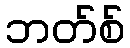
ဘတ်စ်